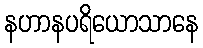
နဟာနပရိယောသာနေ